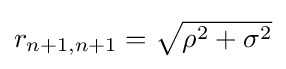
{\textstyle r_{n+1,n+1}={\sqrt {\rho ^{2}+\sigma ^{2}}}}